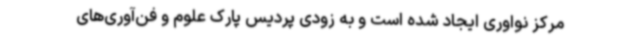
مرکز نواوری ایجاد شده است و به زودی پردیس پارک علوم و فن‌آوری‌های